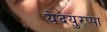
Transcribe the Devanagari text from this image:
येदयुरप्पा